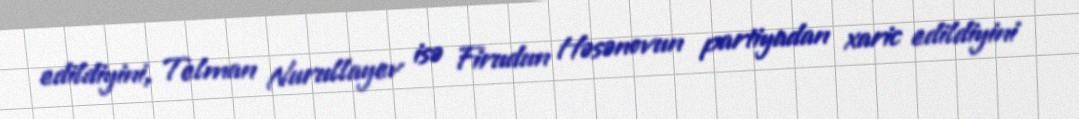
edildiyini, Telman Nurullayev isə Firudun Həsənovun partiyadan xaric edildiyini